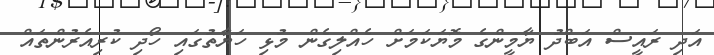
އަދި ރައީސް އަބްދު ޔާމީންގެ މޮޔަކަމަށް ހެއްލިގެން މުޅި ހަޔާތުގައި ހޯދި ކުރިއެރުންތައް